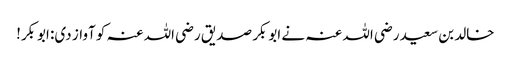
خالد بن سعید رضی اللہ عنہ نے ابوبکر صدیق رضی اللہ عنہ کو آواز دی: ابوبکر!